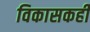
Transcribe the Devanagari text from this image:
विकासकही